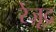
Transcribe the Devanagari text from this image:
रेज़ूद्र